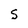
Character: S